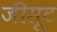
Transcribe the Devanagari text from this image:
जीसूट